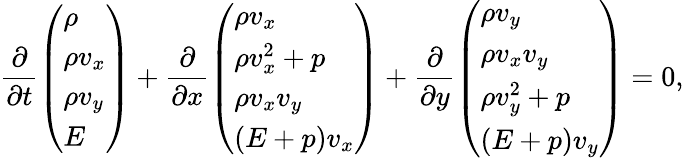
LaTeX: \frac{\partial}{\partial t}\left(\begin{array}{l}{\rho}\\ {\rho v_{x}}\\ {\rho v_{y}}\\ {E}\end{array}\right)+\frac{\partial}{\partial x}\left(\begin{array}{l}{\rho v_{x}}\\ {\rho v_{x}^{2}+p}\\ {\rho v_{x}v_{y}}\\ {(E+p)v_{x}}\end{array}\right)+\frac{\partial}{\partial y}\left(\begin{array}{l}{\rho v_{y}}\\ {\rho v_{x}v_{y}}\\ {\rho v_{y}^{2}+p}\\ {(E+p)v_{y}}\end{array}\right)=0,